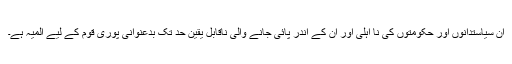
ان سیاستدانوں اور حکومتوں کی نا اہلی اور ان کے اندر پائی جانے والی ناقابل یقین حد تک بدعنوانی پوری قوم کے لیے المیہ ہے۔